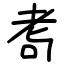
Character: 耉